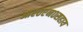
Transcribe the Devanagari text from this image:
आर०एन०सहाय